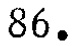
$86.$